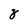
Character: 8